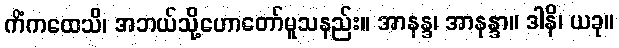
ကိံကထေသိ၊ အဘယ်သို့ဟောတော်မူသနည်း။ အာနန္ဒ၊ အာနန္ဒာ။ ဒါနိ၊ ယခု။